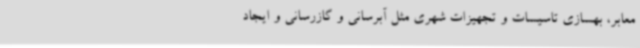
معابر، بهسازی تاسیسات و تجهیزات شهری مثل آبرسانی و گازرسانی و ایجاد